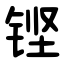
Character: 铿